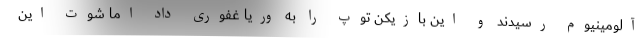
آلومینیوم رسیدند و این بازیکن توپ را به وریا غفوری داد اما شوت این